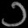
Digit: ၁